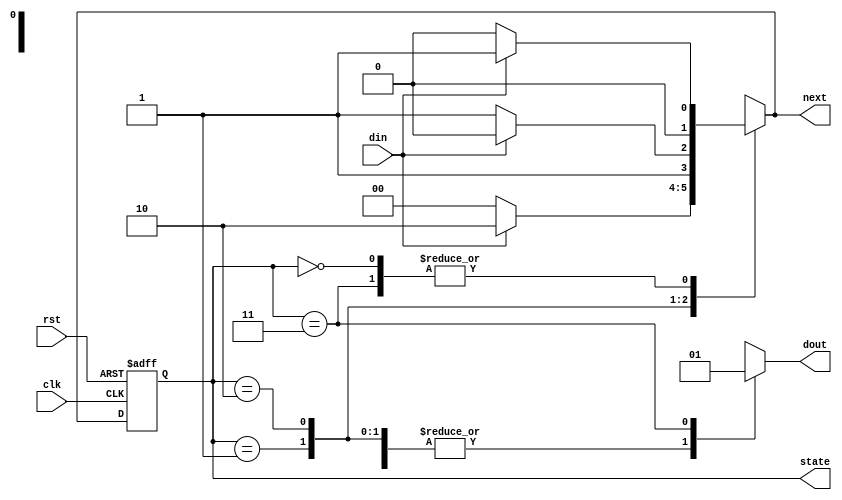
module moore_110(clk,rst,din,dout,state,next);
  input clk,rst;
  input din;
  output  reg dout;
  
  parameter [1:0] s0=2'b00,
  s1 = 2'b01,
  s2 = 2'b10,
  s3 =  2'b11;
  
  output reg[1:0] state,next;
  
  always@(posedge clk or posedge rst)
    begin
  if(rst) state<= s0;
     else state <= next;
    end

  always@(state,din)
  begin
  case(state)
    s0: begin
      if(din==1)
        next = s1;
    else
      next =s0;
    end
    
    s1: begin
      if(din==1) next= s2;
     else next = s0;
    end
    
    s2: begin
      if(din==0) next = s3;
          else next = s2;
    end
    
    s3: begin
      if(din==1) next= s1;
    else next = s0;
      end
  endcase
 end
  always@( state)
    begin
      case( state)
        s0: dout<= 1'b0;
        s1: dout<=1'b0;
        s2: dout<=1'b0;
        s3: dout<=1'b1;
      endcase
      end
endmodule